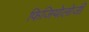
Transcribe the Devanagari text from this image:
फिजियोलोजी